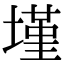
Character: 墐